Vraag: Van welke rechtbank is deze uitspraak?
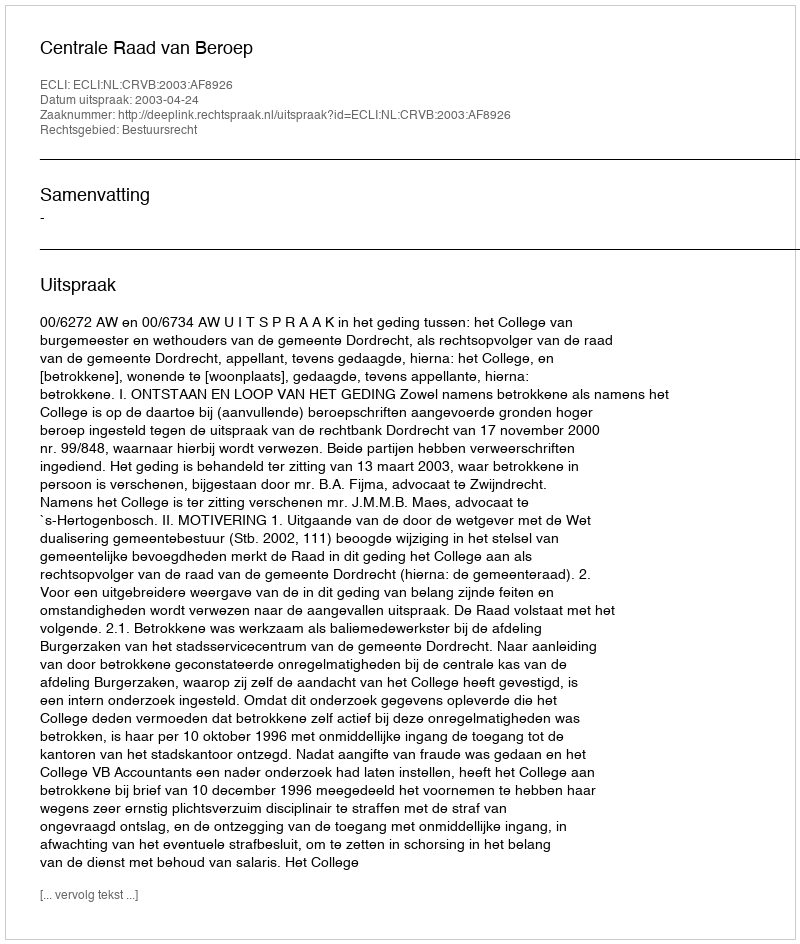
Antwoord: Centrale Raad van Beroep